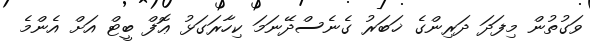
ވަގުތުން މިފަދަ ދަރިންގެ ޚަބަރު ގެނެސްދޭނަމަ ކިހާރަގަޅު ޢޮފް ބީޓް އަށް އެންމެ